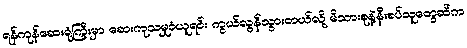
ရန်ကုန်ဆေးရုံကြီးမှာ ဆေးကုသမှုခံယူရင်း ကွယ်လွန်သွားတယ်လို့ မိသားစုနဲ့နီးစပ်သူတွေဆီက